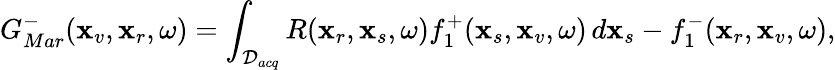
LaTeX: G_{Mar}^{-}(\textbf{x}_{v},\textbf{x}_{r},\omega)=\int_{\mathcal{D}_{acq}}R(\textbf{x}_{r},\textbf{x}_{s},\omega)f_{1}^{+}(\textbf{x}_{s},\textbf{x}_{v},\omega)\, d\textbf{x}_{s}-f_{1}^{-}(\textbf{x}_{r},\textbf{x}_{v},\omega),